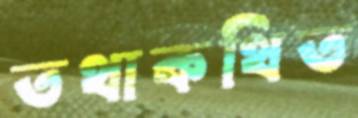
তথাকথিত